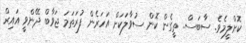
ކޮށްލީމެވެ. ސާބަސް.. ތީގެން ކޮން ސުވާލަކަށް އަހަރެން ފުރަތަމަ ޖަވާބް ދޭންވީ އައިރް